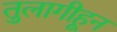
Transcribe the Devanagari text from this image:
तुलागीहून